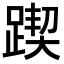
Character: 𨂰